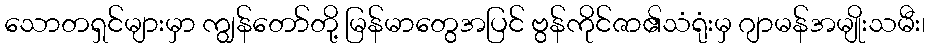
သောတရှင်များမှာ ကျွန်တော်တို့ မြန်မာတွေအပြင် ဗွန်ကိုင်ဇာ၏သံရုံးမှ ဂျာမန်အမျိုးသမီး၊